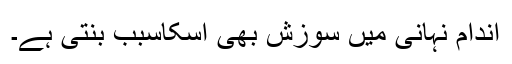
اندام نہانی میں سوزش بھی اسکاسبب بنتی ہے۔